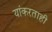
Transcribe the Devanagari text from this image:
यांकरताही